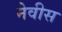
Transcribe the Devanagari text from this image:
नेवीस